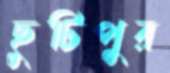
ছুটিপুর